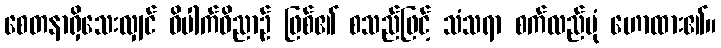
စေတနာရှိသေးလျှင် ဝိပါက်ဝိညာဉ် ဖြစ်၏ စသည်ဖြင့် သံသရာ စက်လည်ပုံ ဟောထား၏။